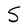
Character: S